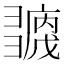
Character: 𢑶